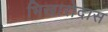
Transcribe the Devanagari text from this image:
भिखारोदास